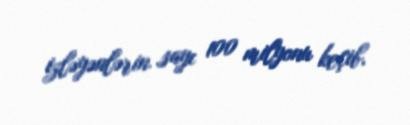
izləyənlərin sayı 100 milyonu keçib.